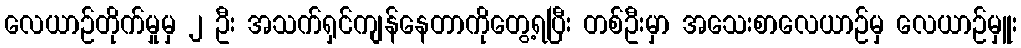
လေယာဉ်တိုက်မှုမှ ၂ ဦး အသက်ရှင်ကျန်နေတာကိုတွေ့ရပြီး တစ်ဦးမှာ အသေးစာလေယာဉ်မှ လေယာဉ်မှူး